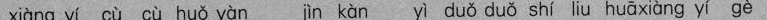
xiàng yí cù cù huǒ yàn jìn kàn yì duǒ duǒ shí liu huā xiàng yí gè